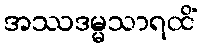
အဿဒမ္မသာရထိံ